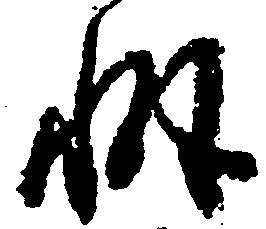
懈